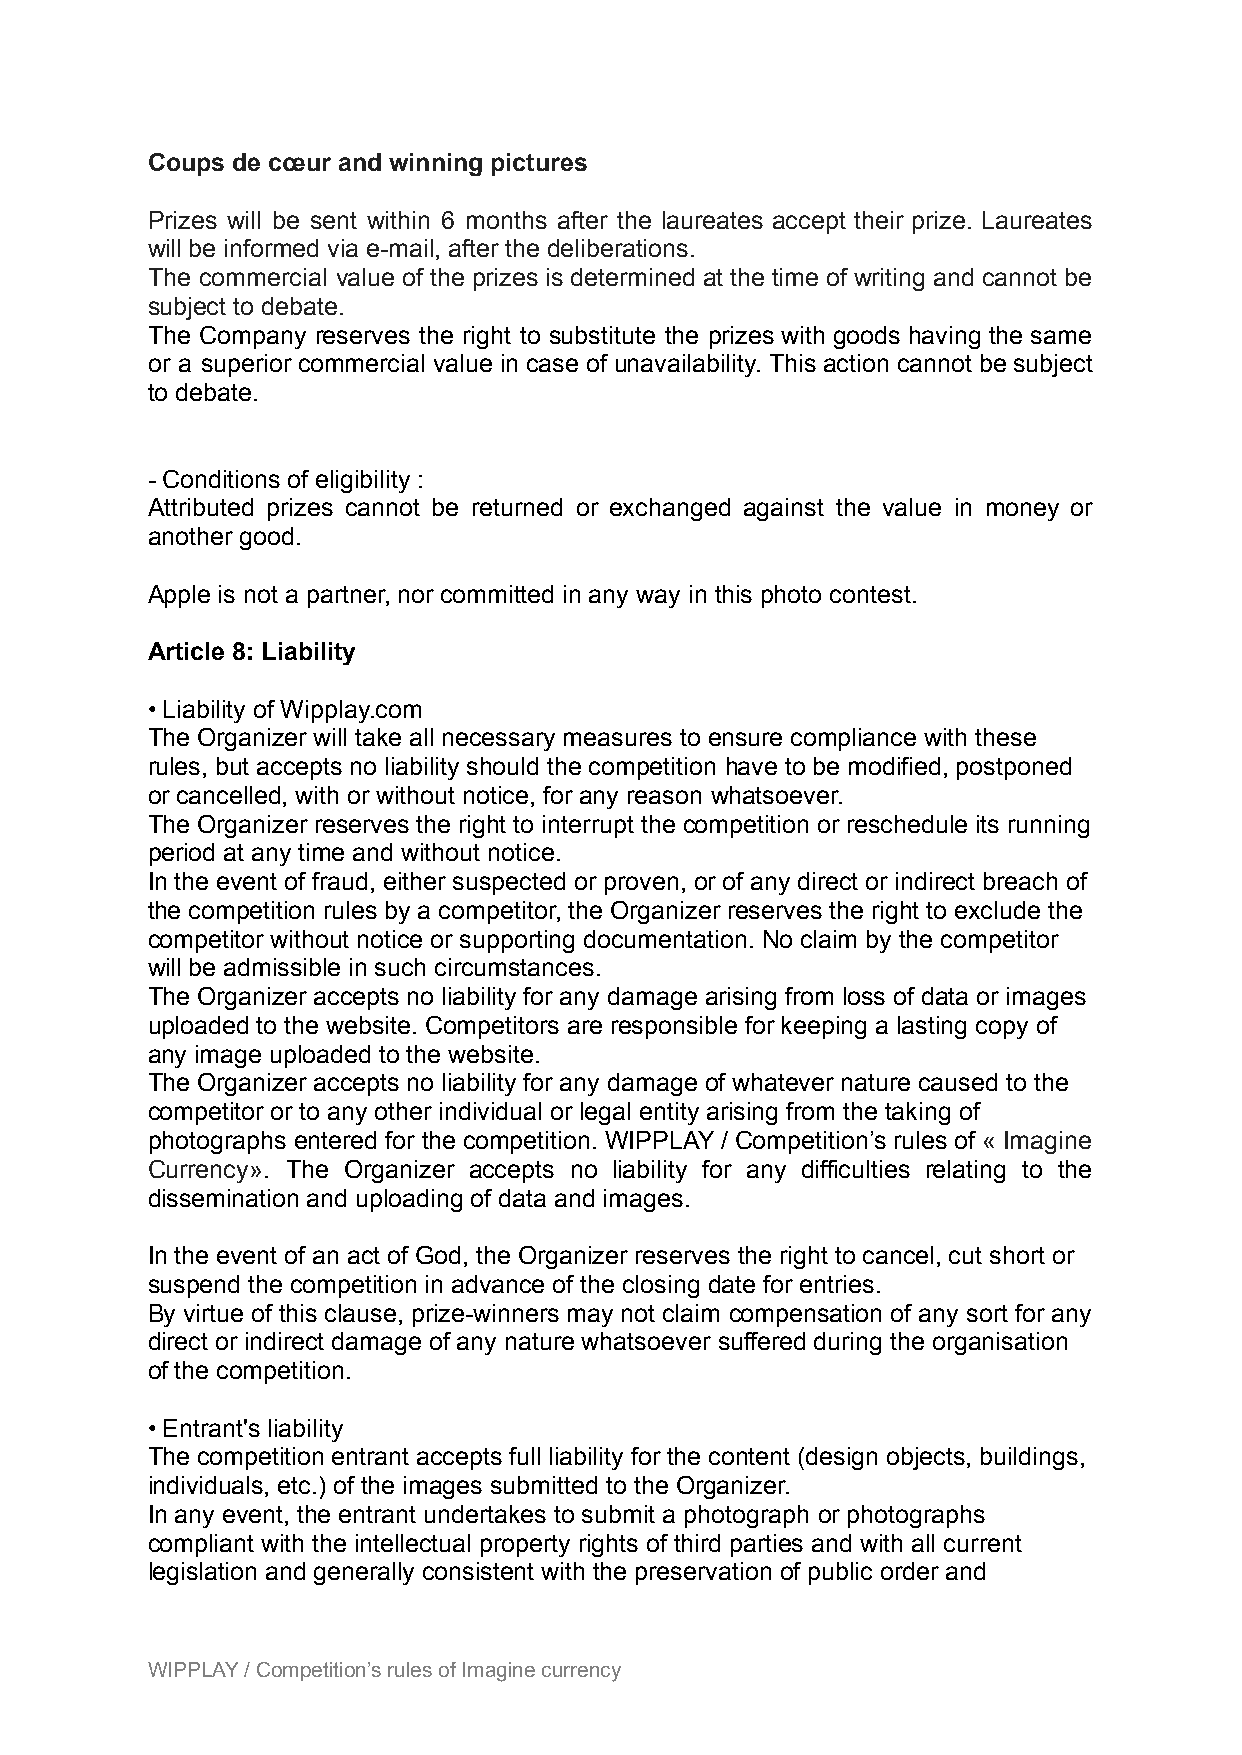
Coups de cœur and winning pictures
 Prizes will be sent within 6 months after the laureates accept their prize. Laureates
 will be informed via e-mail, after the deliberations.
 The commercial value of the prizes is determined at the time of writing and cannot be
 subject to debate.
 The Company reserves the right to substitute the prizes with goods having the same
 or a superior commercial value in case of unavailability. This action cannot be subject
 to debate.
 - Conditions of eligibility :
 Attributed prizes cannot be returned or exchanged against the value in money or
 another good.
 Apple is not a partner, nor committed in any way in this photo contest.
 Article 8: Liability
 • Liability of Wipplay.com
 The Organizer will take all necessary measures to ensure compliance with these
 rules, but accepts no liability should the competition have to be modified, postponed
 or cancelled, with or without notice, for any reason whatsoever.
 The Organizer reserves the right to interrupt the competition or reschedule its running
 period at any time and without notice.
 In the event of fraud, either suspected or proven, or of any direct or indirect breach of
 the competition rules by a competitor, the Organizer reserves the right to exclude the
 competitor without notice or supporting documentation. No claim by the competitor
 will be admissible in such circumstances.
 The Organizer accepts no liability for any damage arising from loss of data or images
 uploaded to the website. Competitors are responsible for keeping a lasting copy of
 any image uploaded to the website.
 The Organizer accepts no liability for any damage of whatever nature caused to the
 competitor or to any other individual or legal entity arising from the taking of
 photographs entered for the competition. WIPPLAY / Competition’s rules of « Imagine
 Currency». The Organizer accepts no liability for any difficulties relating to the
 dissemination and uploading of data and images.
 In the event of an act of God, the Organizer reserves the right to cancel, cut short or
 suspend the competition in advance of the closing date for entries.
 By virtue of this clause, prize-winners may not claim compensation of any sort for any
 direct or indirect damage of any nature whatsoever suffered during the organisation
 of the competition.
 • Entrant's liability
 The competition entrant accepts full liability for the content (design objects, buildings,
 individuals, etc.) of the images submitted to the Organizer.
 In any event, the entrant undertakes to submit a photograph or photographs
 compliant with the intellectual property rights of third parties and with all current
 legislation and generally consistent with the preservation of public order and
 WIPPLAY / Competition’s rules of Imagine currency